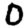
Digit: 0